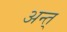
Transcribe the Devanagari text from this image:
अन्त्